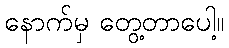
နောက်မှ တွေ့တာပေါ့။